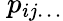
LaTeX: \ p_{ij\ldots}